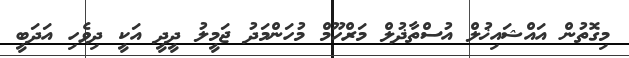
މިގޮތުން އައްޝައިޚުލް އުސްތާޛުލް މަރްހޫމް މުހަންމަދު ޖަމީލު ދީދީ އަކީ ދިވެހި އަދަބީ